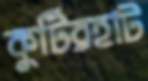
কুটিরহাট